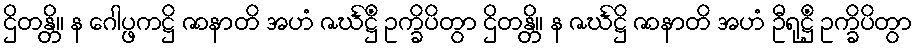
ဌိတန္တိ။ န ဂေါပ္ဖကဋ္ဌိ ဇာနာတိ အဟံ ဇင်္ဃဋ္ဌိံ ဥက္ခိပိတွာ ဌိတန္တိ။ န ဇင်္ဃဋ္ဌိ ဇာနာတိ အဟံ ဦရုဋ္ဌိံ ဥက္ခိပိတွာ